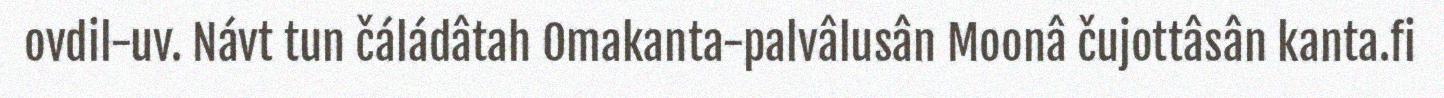
ovdil-uv. Návt tun čáládâtah Omakanta-palvâlusân Moonâ čujottâsân kanta.fi